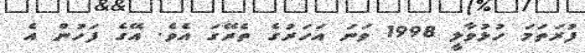
ފުރަތަމަ ހުޅުވާލީ 1998 ވަނަ އަހަރުގެ ތެރޭގަ އެވެ. އޭގެ ފަހުން އެ